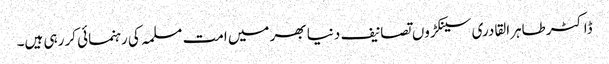
ڈاکٹر طاہرالقادری سینکڑوں تصانیف دنیا بھر میں امت مسلمہ کی رہنمائی کر رہی ہیں۔